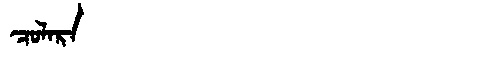
Manchu: ᠴᠣᠯᠠᡵᠠ
Romanization: COLARA